Civil Veterinary Dept. Assam report 1911-1927 - 1911-1927
Year: 1911
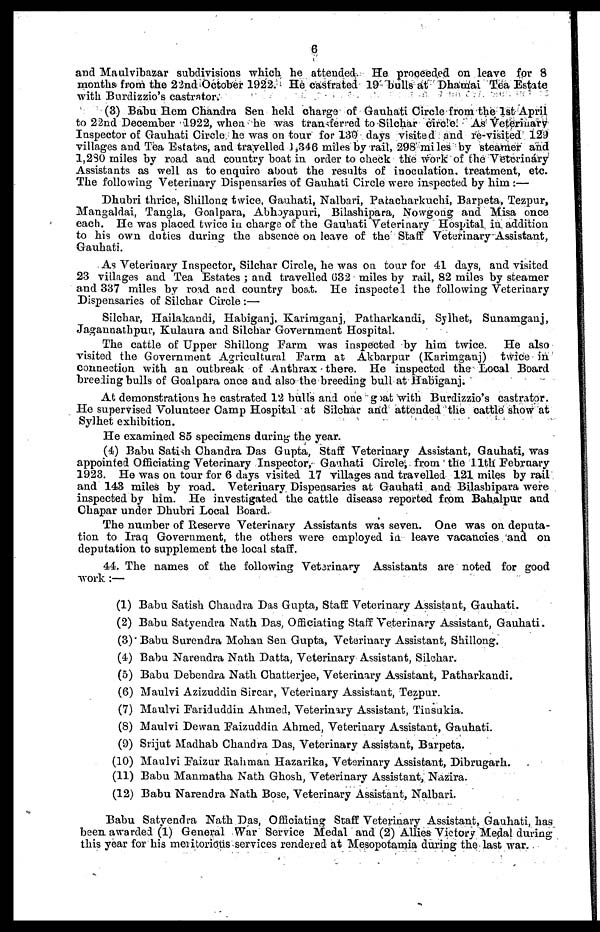
6
and Maulvibazar subdivisions which he attended. He proceeded on leave for 8
months from the 22nd October 1922. He castrated 19 bulls at Dhamai Tea Estate
with Burdizzio's castrator.
(3) Babu Hem Chandra Sen held charge of Gauhati Circle from the 1st April
to 22nd December 1922, when he was transferred to Silchar circle. As Veterinary
Inspector of Gauhati Circle he was on tour for 130 days visited and re-visited 129
villages and Tea Estates, and travelled 1,346 miles by rail, 298 miles by steamer and
1,280 miles by road and country boat in order to check the work of the Veterinary
Assistants as well as to enquire about the results of inoculation, treatment, etc.
The following Veterinary Dispensaries of Gauhati Circle were inspected by him:—
Dhubri thrice, Shillong twice, Gauhati, Nalbari, Patacharkuchi, Barpeta, Tezpur,
Mangaldai, Tangla, Gonlpara, Abhoyapuri, Bilashipara, Nowgong and Misa once
each. He was placed twice in charge of the Gauhati Veterinary Hospital in. addition
to his own duties during the absence on leave of the Staff Veterinary Assistant,
Gauhati.
As Veterinary Inspector, Silchar Circle, he was on tour for 41 days, and visited
23 villages and Tea Estates; and travelled 632 miles by rail, 82 miles by steamer
and 337 miles by road and country boat. He inspected the following Veterinary
Dispensaries of Silchar Circle:—
Silchar, Hailakandi, Habiganj, Karimganj, Patharkandi, Sylhet, Sunamganj,
Jagannathpur, Kulaura and Silchar Government Hospital.
The cattle of Upper Shillong Farm was inspected by him twice. He also
visited the Government Agricultural Farm at Akbarpur (Karimganj) twice in
connection with an outbreak of Anthrax there. He inspected the Local Board
breeding bulls of Goalpara once and also the breeding bull at Habiganj.
At demonstrations he castrated 12 bulls and one goat with Burdizzio's castrator.
He supervised Volunteer Camp Hospital at Silchar and attended the cattle show at
Sylhet exhibition.
He examined 85 specimens during the year.
(4) Babu Satish Chandra Das Gupta, Staff Veterinary Assistant, Gauhati, was
appointed Officiating Veterinary Inspector, Gauhati Circle, from the 11th February
1923. He was on tour for 6 days visited 17 villages and travelled 121 miles by rail
and 143 miles by road. Veterinary Dispensaries at Gauhati and Bilashipara were
inspected by him. He investigated the cattle disease reported from Bahalpur and
Chapar under Dhubri Local Board.
The number of Reserve Veterinary Assistants was seven. One was on deputa-
tion to Iraq Government, the others were employed in leave vacancies and on
deputation to supplement the local staff.
44. The names of the following Veterinary Assistants are noted for good
work:—
(1) Babu Satish Chandra Das Gupta, Staff Veterinary Assistant, Gauhati.
(2) Babu Satyendra Nath Das, Officiating Staff Veterinary Assistant, Gauhati.
(3) Babu Surendra Mohan Sen Gupta, Veterinary Assistant, Shillong.
(4) Babu Narendra Nath Datta, Veterinary Assistant, Silchar.
(5) Babu Debendra Nath Chatterjee, Veterinary Assistant, Patharkandi.
(6) Maulvi Azizuddin Sircar, Veterinary Assistant, Tezpur.
(7) Maulvi Fariduddin Ahmed, Veterinary Assistant, Tinsukia.
(8) Maulvi Dewan Faizuddin Ahmed, Veterinary Assistant, Gauhati.
(9) Srijut Madhab Chandra Das, Veterinary Assistant, Barpeta.
(10) Maulvi Faizur Rahman Hazarika, Veterinary Assistant, Dibrugarh.
(11) Babu Manmatha Nath Ghosh, Veterinary Assistant, Nazira.
(12) Babu Narendra Nath Bose, Veterinary Assistant, Nalbari.
Babu Satyendra Nath Das, Officiating Staff Veterinary Assistant, Gauhati, has
been awarded (1) General War Service Medal and (2) Allies Victory Medal during
this year for his meritorious services rendered at Mesopotamia during the last war.